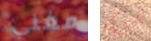
مغني هوج